Vaccination in Bombay 1863-1868 - 1863-1868
Year: 1863
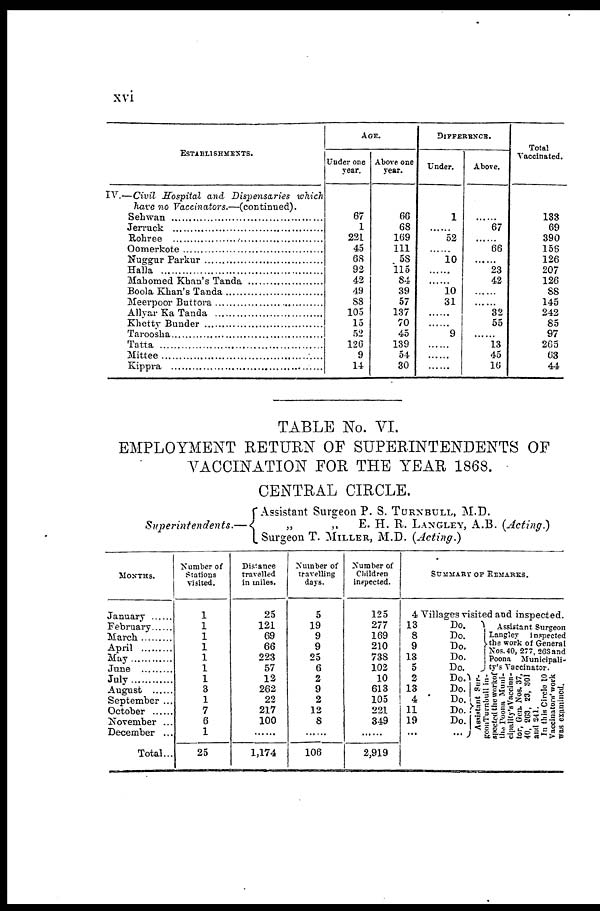
xvi
ESTABLISHMENTS.
IV.—Civil Hospital and Dispensaries which
have no Vaccinators.—(continued).
Sehwa ..........................................
Jerruck.......................................
Rohree.......................................
Oomerkote..............................
Nuggur Parkur.......................................
Halla......................................................
Mahomed Khan's Tanda........................
Boola Khan's Tanda.................................
Meerpoor Buttora....................................
Allyar Ka Tanda.......................................
Khetty Bunder..........................................
Taroosha................................................
Tatta......................................................
Mittee...................................................
Kippra................................................
AGE.
Under one
year.
67
1
221
45
68
92
42
49
88
105
15
52
126
9
14
Above one
year.
66
68
169
111
58
115
84
39
57
137
70
45
139
54
30
DIFFERENCE.
Under.
1
......
52
......
10
......
......
10
31
......
......
9
......
......
......
Above.
......
67
...... 66
......
23
42
......
......
32
55
......
13
45
16
Total
Vaccinated.
133
69
390
156
126
207
126
88
145
242
85
97
265
63
44
TABLE No. VI.
EMPLOYMENT RETURN OF SUPERINTENDENTS OF
VACCINATION FOR THE YEAR 1868.
CENTRAL CIRCLE.
Superintendents.—
Assistant Surgeon P. S. TURNBULL, M.D.
„
„
E. H. R. LANGLEY, A.B. (Acting)
Surgeon T. MILLER, M.D. (Acting.)
MONTHS.
January ......
February
March
April
May.........
June............
July............
August......
September ...
October ... ...
November ...
December ...
Total...
Number of
Stations
visited.
1
1
1
1
1
1
1
3
1
7
6
1
25
Distance
travelled
in miles.
25
121
69
66
223
57
12
262
22
217
100
......
1,174
Number of
travelling
days.
5
19
9
9
25
6
2
9
2
12
8
......
106
Number of
Children
inspected.
125
277
169
210
738
102
10
613
105
221
349
......
2,919
SUMMARY OF REMARKS.
4
13
8
9
13
5
2
13
4
11
19
...
Villages visited and inspected.
Do.
Do.
Do.
Do.
Do.
Do.
Do.
Do.
Do.
Do.
...
Assistant Surgeon
Langley inspected
the work of General
Nos.40, 277, 263 and
Poona Municipali-
ty's Vaccinator.
Assistant Sur¬
geon Turnbull in-
spected the work
of
the Poona Muni¬
cipality'sVaccina¬
tor, Gen. Nos. 37,
40, 203, 23, 301
and 241.
In this Circle 10
Vaccinators' work
was examined.